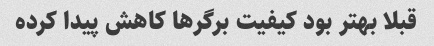
قبلا بهتر بود کیفیت برگر‌ها کاهش پیدا کرده